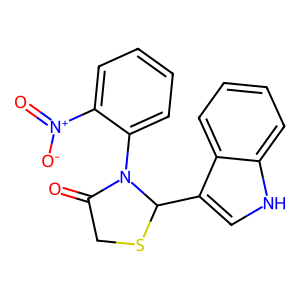
SMILES: O=C1CSC(c2c[nH]c3ccccc23)N1c1ccccc1[N+](=O)[O-]
Inhibits HIV replication: No